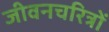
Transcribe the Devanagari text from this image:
जीवनचरित्रों